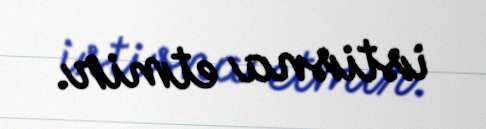
istisna etmir.